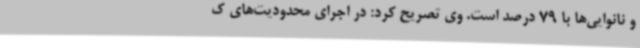
و نانوایی‌ها با 79 درصد است. وی تصریح کرد: در اجرای محدودیت‌های ک